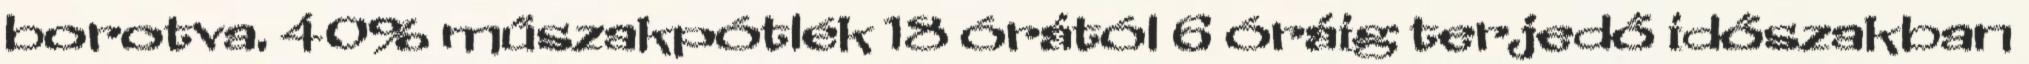
borotva. 40% műszakpótlék 18 órától 6 óráig terjedő időszakban